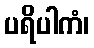
ပရိပါကံ၊